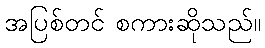
အပြစ်တင် စကားဆိုသည်။